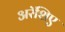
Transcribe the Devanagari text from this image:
अरॅशिए